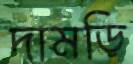
দামড়ি